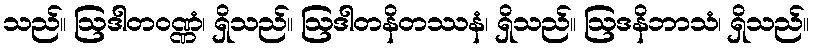
သည်။ ဩဒါတဝဏ္ဏံ၊ ရှိသည်။ ဩဒါတနိတဿနံ၊ ရှိသည်။ ဩဒနိဘာသံ၊ ရှိသည်။